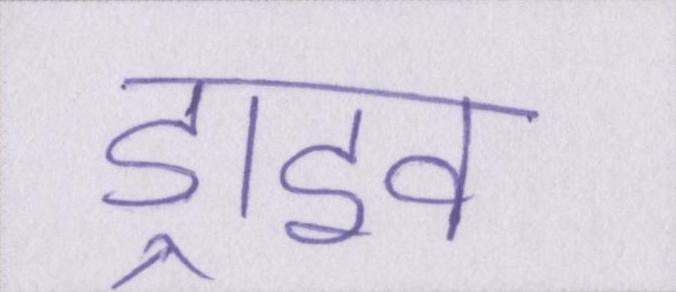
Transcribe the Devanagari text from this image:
ड्राइव